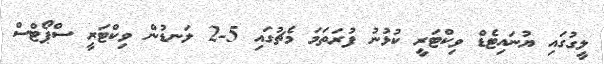
ލީގުގައި ޔުނައިޓެޑް ވިކްޓަރީ ކުޅުނު ފުރަތަމަ މެޗުގައި 5-2 ލަނޑުން ވިކްޓަރީ ސްޕޯޓްސް